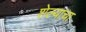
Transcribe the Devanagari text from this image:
शेल्याचा